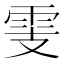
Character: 𩂏